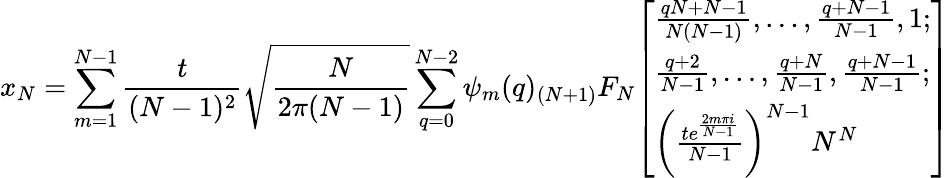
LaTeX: x_{N}=\sum_{m=1}^{N-1}{\frac{t}{(N-1)^{2}}}{\sqrt{\frac{N}{2\pi(N-1)}}}\sum_{q=0}^{N-2}\psi_{m}(q)_{(N+1)}F_{N}{\left[\begin{array}{l}{{\frac{qN+N-1}{N(N-1)}},\ldots,{\frac{q+N-1}{N-1}},1;}\\ {{\frac{q+2}{N-1}},\ldots,{\frac{q+N}{N-1}},{\frac{q+N-1}{N-1}};}\\ {\left({\frac{te^{\frac{2m\pi i}{N-1}}}{N-1}}\right)^{N-1}N^{N}}\end{array}\right]}